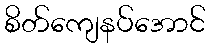
စိတ်ကျေနပ်အောင်